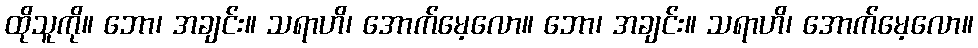
ထိုသူကို။ ဘော၊ အချင်း။ သရာဟိ၊ အောက်မေ့လော။ ဘော၊ အချင်း။ သရာဟိ၊ အောက်မေ့လော။